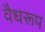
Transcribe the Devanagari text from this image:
वैधरूप